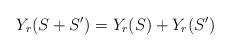
\begin{align*} Y_r(S+S')=Y_r(S)+Y_r(S') \end{align*}